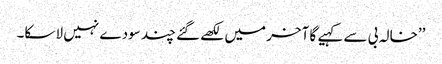
’’خالہ بی سے کہیے گا آخر میں لکھے گئے چند سودے نہیں لا سکا۔